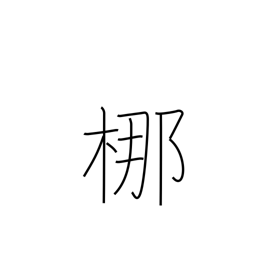
Meaning: type of tall evergreen tree